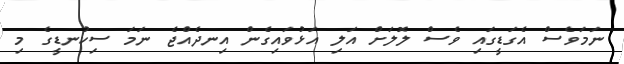
ނަމަވެސް އެގަޑީގައި ވެސް ލޮލަށް އަލި އަޅުވައިގެން އިނދެއްޖެ ނަމަ ސިކުނޑީގެ މި